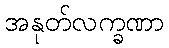
အနုတ်လက္ခဏာ